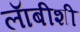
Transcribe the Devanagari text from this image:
लाॅबीशी